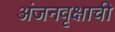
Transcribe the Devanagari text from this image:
अंजनवृक्षाची